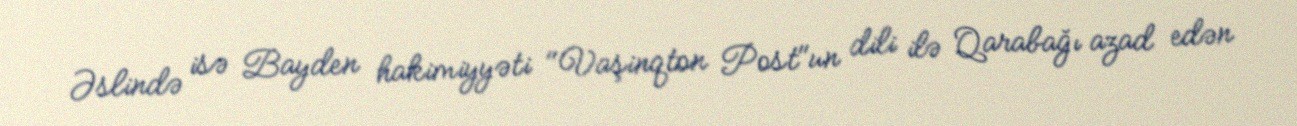
Əslində isə Bayden hakimiyyəti "Vaşinqton Post"un dili ilə Qarabağı azad edən